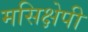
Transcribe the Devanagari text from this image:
मसिक्षेपी